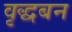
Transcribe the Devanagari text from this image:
वृद्धबन